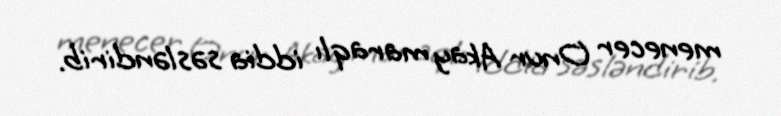
menecer Onur Akay maraqlı iddia səsləndirib.